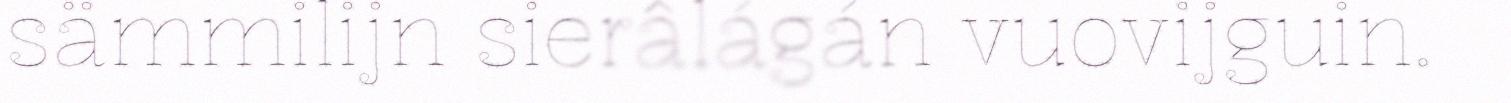
sämmilijn sierâlágán vuovijguin.